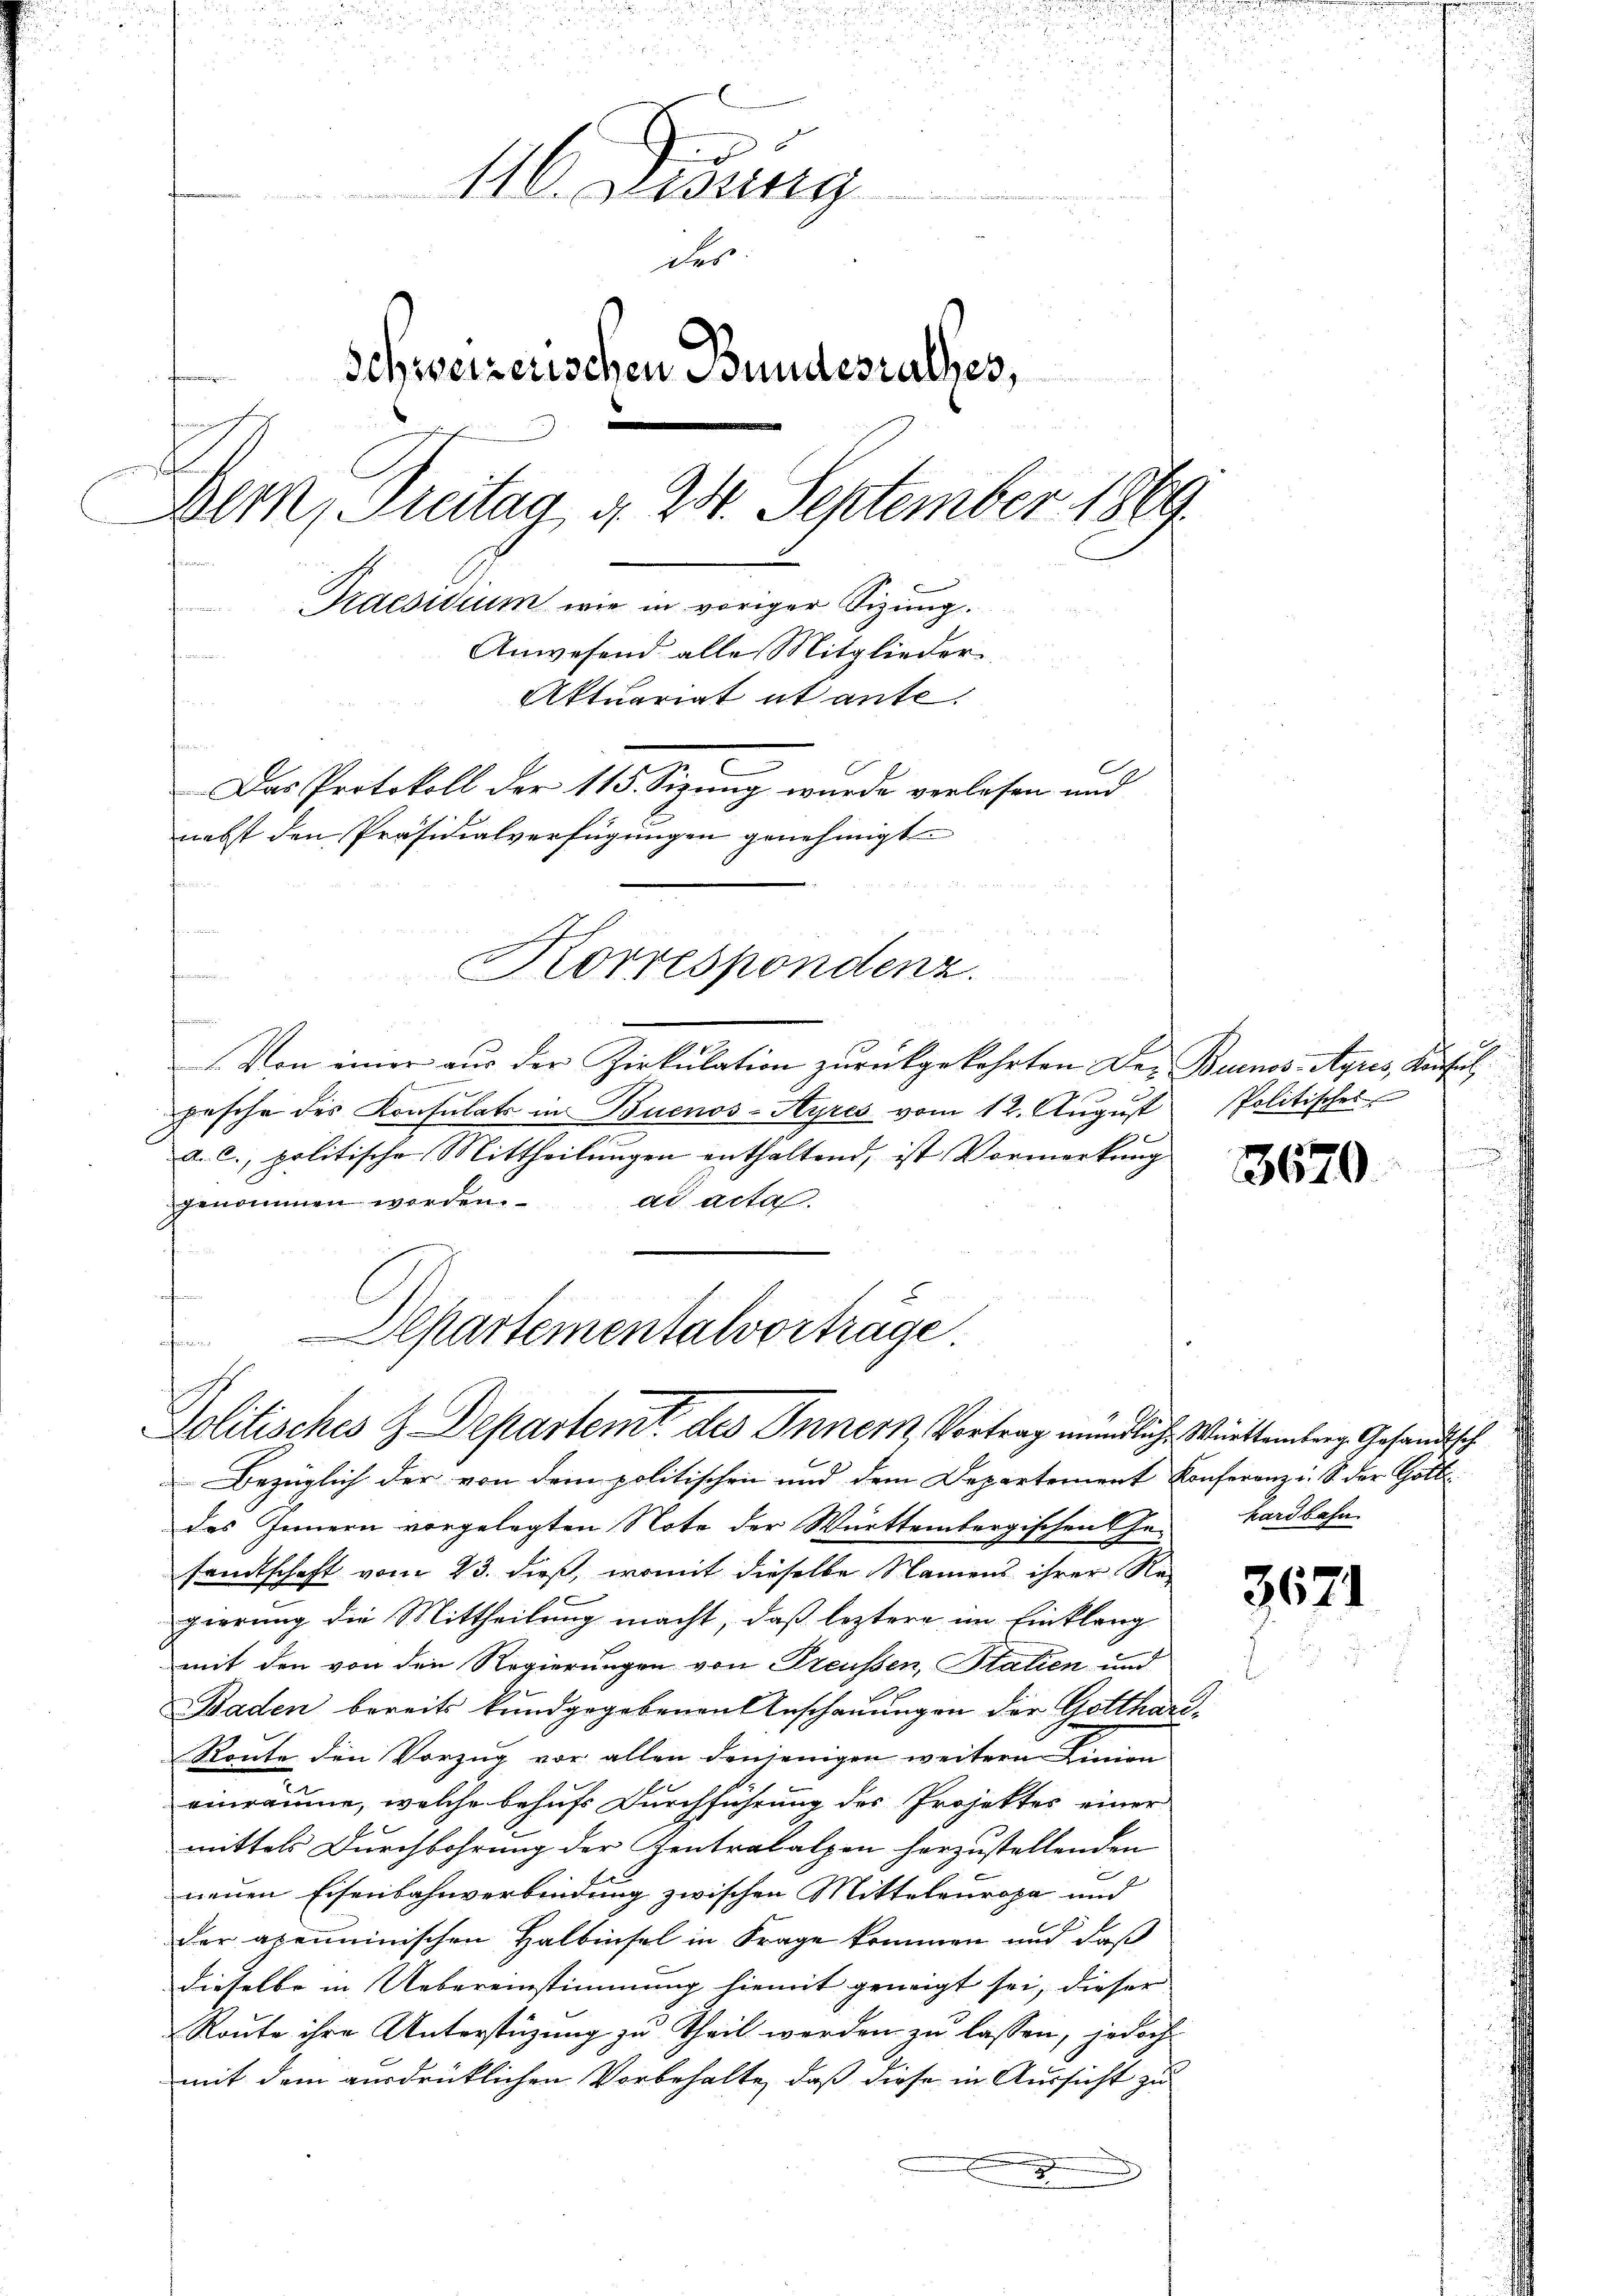
116. Devang
veder
des
Schweizerischen Bundesrathes,
.
Werk Steitag d. 20. September 1869
Praesidium wie in voriger Sizung.
Anwesend alle Mitglieder
r consentarieli u.
Aktuariat ut ante.
Das Protokoll der 115. Sizung wurde verlesen und
nebst den Präsidialverfügungen genehmigt.
n
eon in in

e
Von einer aŭs der Zirkŭlation zŭrückgekehrten Der Buenos-Ayres, Konsul,
Rennen
pesche des Konsulats in Buenos-Ayres vom 12. Aŭgŭst Politisches
a. c., politische Mittheilungen enthaltend, ist Vormerkung
genommen werden.
ad acta.
Bezüglich der von dem politischen und dem Departement Conferenz u. S. der Gott
des Innern vorgelegten Note der Württembergischen Ge-
sandtschaft vom 23. dieß, womit dieselbe Namens ihrer Re-
gierung die Mittheilung macht, daß leztere im Einklang
mit den von den Regierungen von Preußen, Stalien und
Baden bereits kundgegebenen Anschauungen der Gotthari¬
Route den Vorzug vor allen denjenigen weitern Linion
einräume, welche behufs Durchführung des Projektes einer
mittels Durchbohrung der Zentralalpen herzustellenden
neuen Eisenbahnverbindung zwischen Mitteleuropa und
der apemminischen Halbinsel in Frage kommen und daß
dieselbe in Uebereinstimmung hiemit geneigt sei, dieser
Route ihre Unterstüzung zu Theil werden zu lassen, jedoch
mit dem ausdrücklichen Vorbehalte, daß diese in Aussicht zu
I

Korrespondenz.

Departementalvorträge
afen
Politisches z. Departem des Innern, Vortrag mündliche Württemberg Gesandtsch

3670

hardbahn

3671